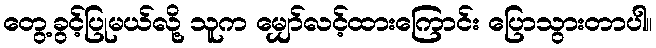
တွေ့ခွင့်ပြုမယ်လို့ သူက မျှော်လင့်ထားကြောင်း ပြောသွားတာပါ။